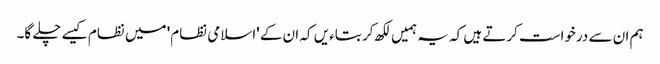
ہم ان سے درخواست کرتے ہیں کہ یہ ہمیں لکھ کر بتاءیں کہ ان کے 'اسلامی نظام' میں نظام کیسے چلے گا۔